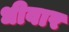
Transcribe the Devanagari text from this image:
धीवार